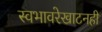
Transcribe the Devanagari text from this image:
स्वभावरेखाटनही